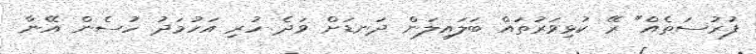
ފުރުސަތެއް" ރޭ ކުޅިވަރުތައް ބަލައިލަން ދަނޑަށް ވަދެ ހުރި އަހުމަދު ހުސެން އޭނާ